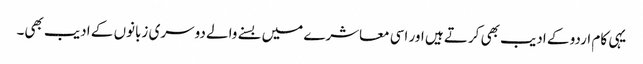
یہی کام اردو کے ادیب بھی کرتے ہیں اور اسی معاشرے میں بسنے والے دوسری زبانوں کے ادیب بھی۔